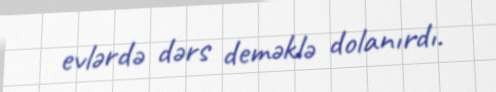
evlərdə dərs deməklə dolanırdı.